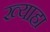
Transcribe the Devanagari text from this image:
ख्याहा